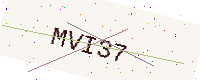
Text: MVI37